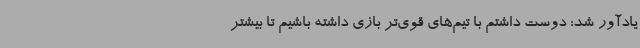
یادآور شد: دوست داشتم با تیم‌های قوی‌تر بازی داشته باشیم تا بیشتر